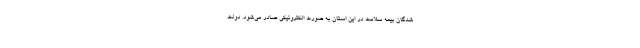
شدگان بیمه سلامت در این استان به صورت الکترونیکی صادر می‌شود. دولت